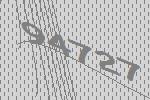
94727